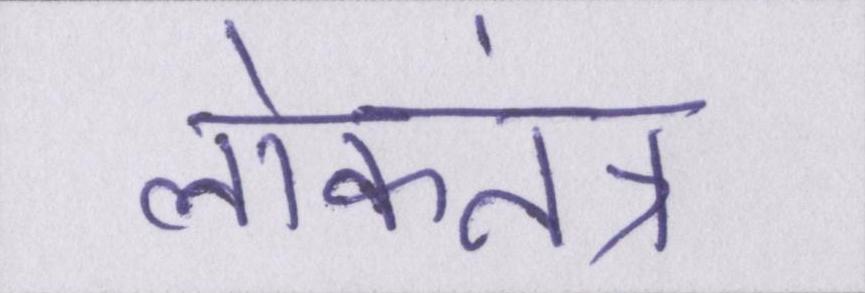
लोकतंत्र